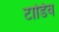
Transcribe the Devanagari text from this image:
टार्डिव